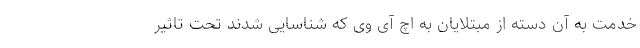
خدمت به آن دسته از مبتلایان به اچ آی وی که شناسایی شدند تحت تاثیر